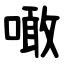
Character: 噉